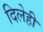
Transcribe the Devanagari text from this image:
दिलेही